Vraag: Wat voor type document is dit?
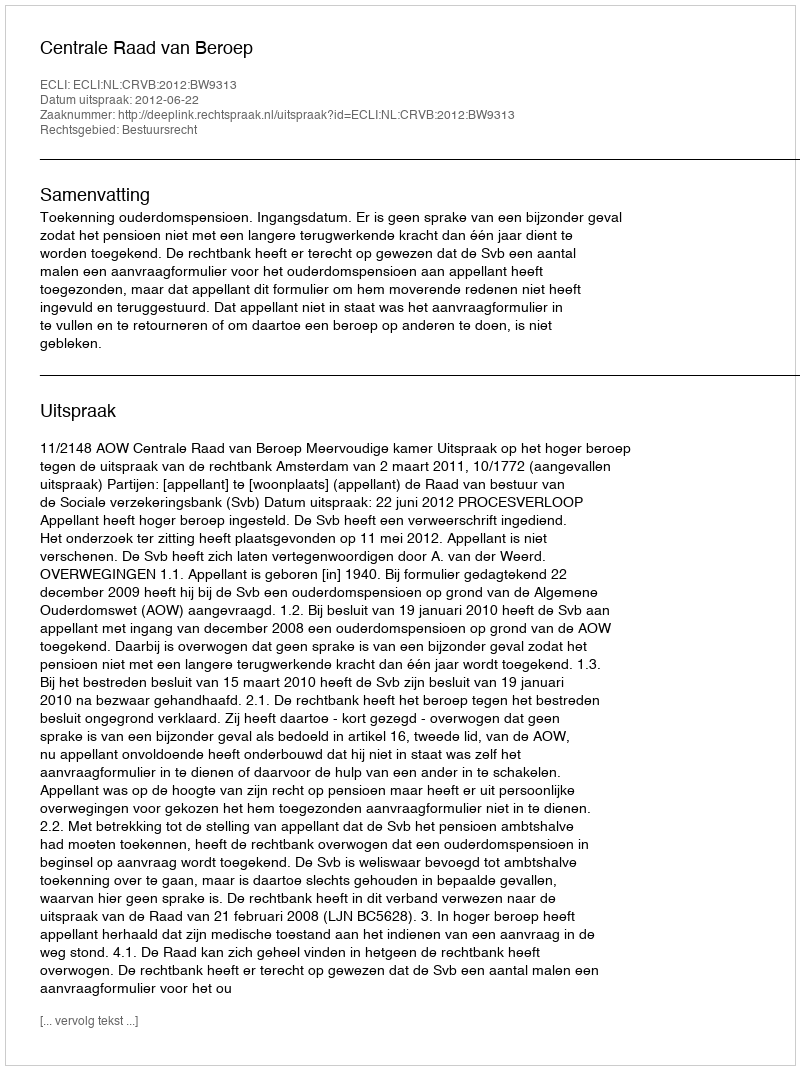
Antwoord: Uitspraak